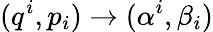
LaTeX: (q^{i},p_{i})\rightarrow(\alpha^{i},\beta_{i})